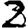
Digit: 2